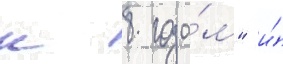
к 8 года́м" и́